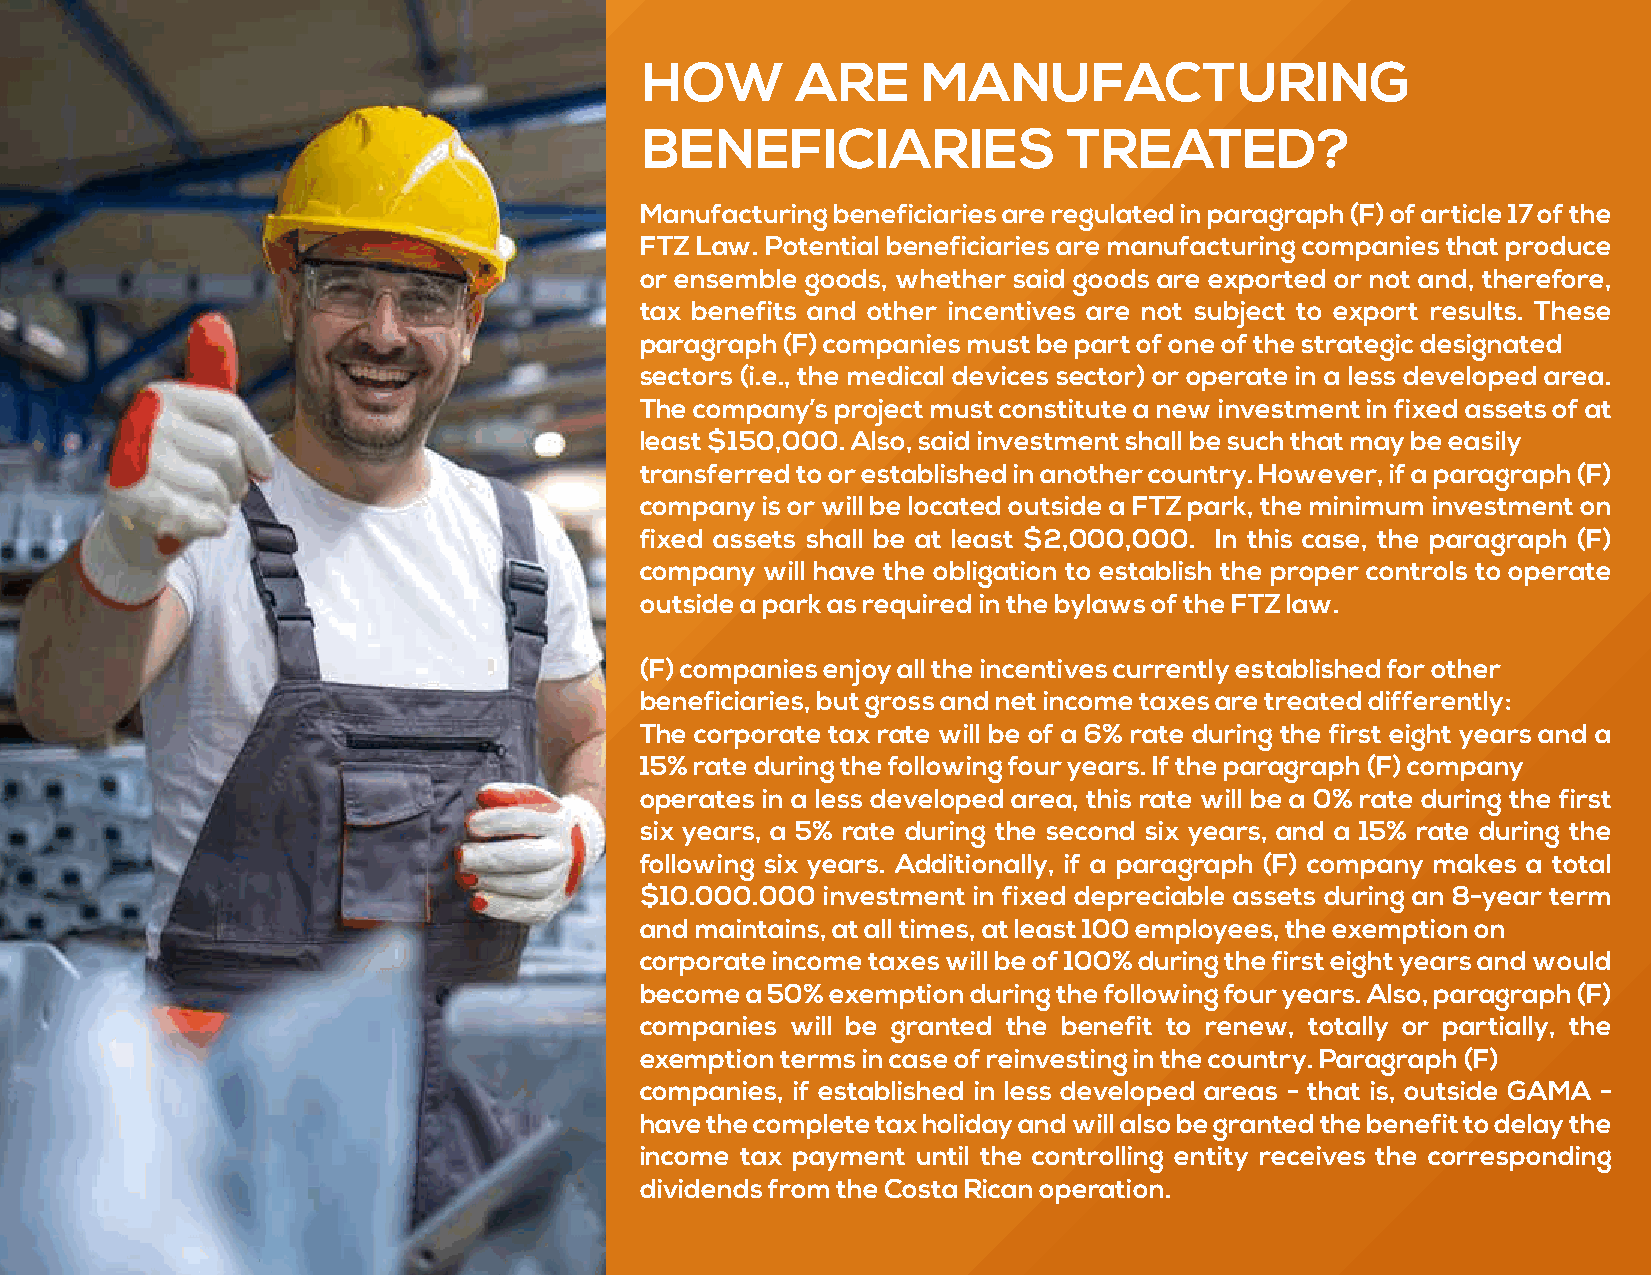
HOW        ARE     MANUFACTURING
 BENEFICIARIES                TREATED?
 Manufacturing beneficiaries are regulated in paragraph (F) of article 17 of the
 FTZ Law. Potential beneficiaries are manufacturing companies that produce
 or ensemble goods, whether said goods are exported or not and, therefore,
 tax benefits and other incentives are not subject to export results. These
 paragraph (F) companies must be part of one of the strategic designated
 sectors (i.e., the medical devices sector) or operate in a less developed area.
 The company’s project must constitute a new investment in fixed assets of at
 least $150,000. Also, said investment shall be such that may be easily
 transferred to or established in another country. However, if a paragraph (F)
 company is or will be located outside a FTZ park, the minimum investment on
 fixed assets shall be at least $2,000,000. In this case, the paragraph (F)
 company  will have the obligation to establish the proper controls to operate
 outside a park as required in the bylaws of the FTZ law.
 (F) companies enjoy all the incentives currently established for other
 beneficiaries, but gross and net income taxes are treated differently:
 The corporate tax rate will be of a 6% rate during the first eight years and a
 15% rate during the following four years. If the paragraph (F) company
 operates in a less developed area, this rate will be a 0% rate during the first
 six years, a 5% rate during the second six years, and a 15% rate during the
 following six years. Additionally, if a paragraph (F) company makes a total
 $10.000.000 investment in fixed depreciable assets during an 8-year term
 and maintains, at all times, at least 100 employees, the exemption on
 corporate income taxes will be of 100% during the first eight years and would
 become a 50% exemption during the following four years. Also, paragraph (F)
 companies will be granted the benefit to renew, totally or partially, the
 exemption terms in case of reinvesting in the country. Paragraph (F)
 companies, if established in less developed areas - that is, outside GAMA -
 have the complete tax holiday and will also be granted the benefit to delay the
 income tax payment until the controlling entity receives the corresponding
 dividends from the Costa Rican operation.